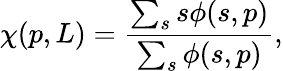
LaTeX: \chi(p,L)=\frac{\sum_{s}s\phi(s,p)}{\sum_{s}\phi(s,p)},